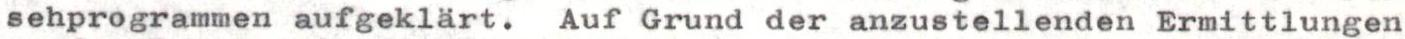
sehprogrammen aufgeklart. Auf Grund der anzustellenden Ermittlungen